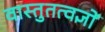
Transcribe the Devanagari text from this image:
वास्तुतत्वज्ञों